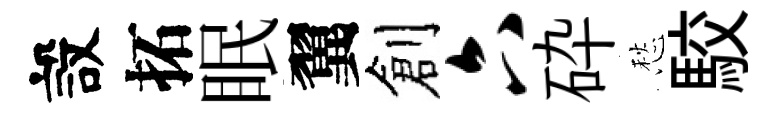
設拓眠翼創六砕愁駮